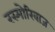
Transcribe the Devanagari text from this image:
रस्मोरिवाज